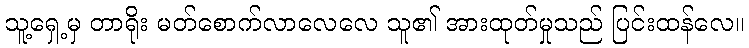
သူ့ရှေ့မှ တာရိုး မတ်စောက်လာလေလေ သူ၏ အားထုတ်မှုသည် ပြင်းထန်လေ။